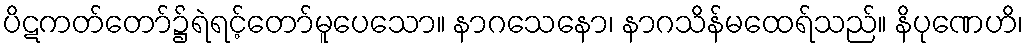
ပိဋကတ်တော်၌ရဲရင့်တော်မူပေသော။ နာဂသေနော၊ နာဂသိန်မထေရ်သည်။ နိပုဏေဟိ၊